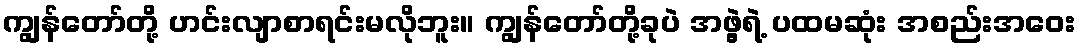
ကျွန်တော်တို့ ဟင်းလျာစာရင်းမလိုဘူး။ ကျွန်တော်တို့ခုပဲ အဖွဲ့ရဲ့ ပထမဆုံး အစည်းအဝေး